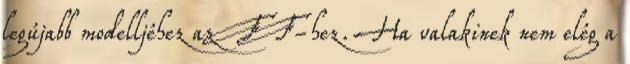
legújabb modelljéhez az FF-hez. Ha valakinek nem elég a